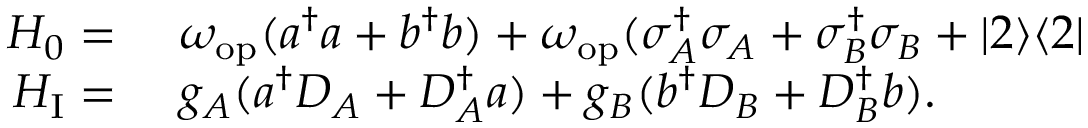
\begin{array} { r l } { H _ { 0 } = } & { { } ~ \omega _ { \mathrm { o p } } ( a ^ { \dagger } a + b ^ { \dagger } b ) + \omega _ { \mathrm { o p } } ( \sigma _ { A } ^ { \dagger } \sigma _ { A } + \sigma _ { B } ^ { \dagger } \sigma _ { B } + | 2 \rangle \langle 2 | } \\ { H _ { \mathrm { I } } = } & { { } ~ g _ { A } ( a ^ { \dagger } D _ { A } + D _ { A } ^ { \dagger } a ) + g _ { B } ( b ^ { \dagger } D _ { B } + D _ { B } ^ { \dagger } b ) . } \end{array}